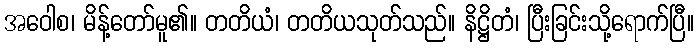
အဝေါစ၊ မိန့်တော်မူ၏။ တတိယံ၊ တတိယသုတ်သည်။ နိဋ္ဌိတံ၊ ပြီးခြင်းသို့ရောက်ပြီ။